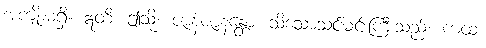
အကျိုးမရှိ။ ဣတိ၊ ဤသို့။ ဇာနံဇာနန္တော၊ သိသောသင်မင်းကြီးသည်။ ကထံ၊